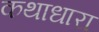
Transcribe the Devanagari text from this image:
कथाधारा